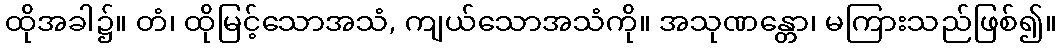
ထိုအခါ၌။ တံ၊ ထိုမြင့်သောအသံ, ကျယ်သောအသံကို။ အသုဏန္တော၊ မကြားသည်ဖြစ်၍။